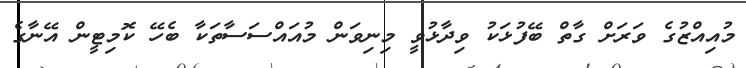
މުއިއްޒުގެ ވަރަށް ގާތް ބޭފުޅަކު ވިދާޅުވީ މިނިވަން މުއައްސަސާތަކާ ބެހޭ ކޮމިޓީން އޭނާގެ